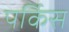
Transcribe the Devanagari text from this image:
पर्किस